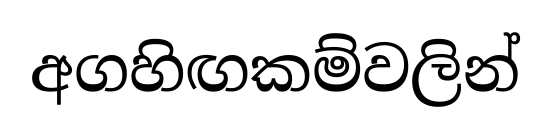
අගහිඟකම්වලින්